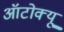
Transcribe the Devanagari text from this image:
ऑटोक्यू